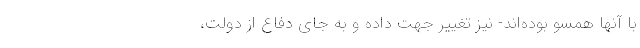
با آنها همسو بوده‌اند- نیز تغییر جهت داده و به جای دفاع از دولت،